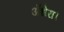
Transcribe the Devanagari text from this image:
अँधेरा।